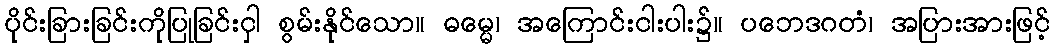
ပိုင်းခြားခြင်းကိုပြုခြင်းငှါ စွမ်းနိုင်သော။ ဓမ္မေ၊ အကြောင်းငါးပါး၌။ ပဘေဒဂတံ၊ အပြားအားဖြင့်